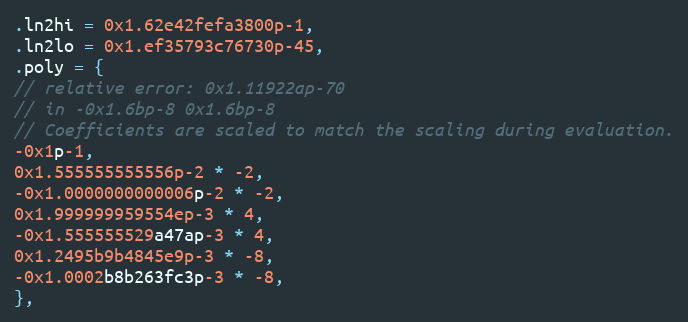
Language: C
.ln2hi = 0x1.62e42fefa3800p-1,
.ln2lo = 0x1.ef35793c76730p-45,
.poly = {
// relative error: 0x1.11922ap-70
// in -0x1.6bp-8 0x1.6bp-8
// Coefficients are scaled to match the scaling during evaluation.
-0x1p-1,
0x1.555555555556p-2 * -2,
-0x1.0000000000006p-2 * -2,
0x1.999999959554ep-3 * 4,
-0x1.555555529a47ap-3 * 4,
0x1.2495b9b4845e9p-3 * -8,
-0x1.0002b8b263fc3p-3 * -8,
},